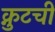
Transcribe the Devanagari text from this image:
क्नुटची